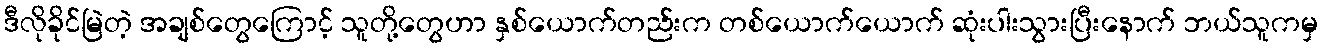
ဒီလိုခိုင်မြဲတဲ့ အချစ်တွေကြောင့် သူတို့တွေဟာ နှစ်ယောက်တည်းက တစ်ယောက်ယောက် ဆုံးပါးသွားပြီးနောက် ဘယ်သူကမှ